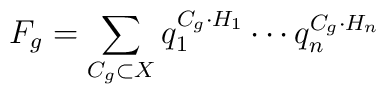
F_g=\sum_{C_g\subset X} q_1^{C_g\cdot H_1}\cdots q_n^{C_g\cdot H_n}